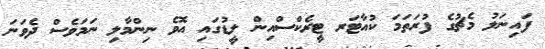
ފައިނަލު މެޗުގެ ފުރަތަމަ ކުއާޓަރ ޓީރެކްސްއިން ލީޑުގައި އޮވެ ނިންމާލި ނަމަވެސް ދެވަނަ